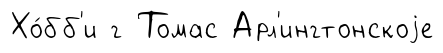
Хо́бб'и г Томас Арл'ингтонскоjе